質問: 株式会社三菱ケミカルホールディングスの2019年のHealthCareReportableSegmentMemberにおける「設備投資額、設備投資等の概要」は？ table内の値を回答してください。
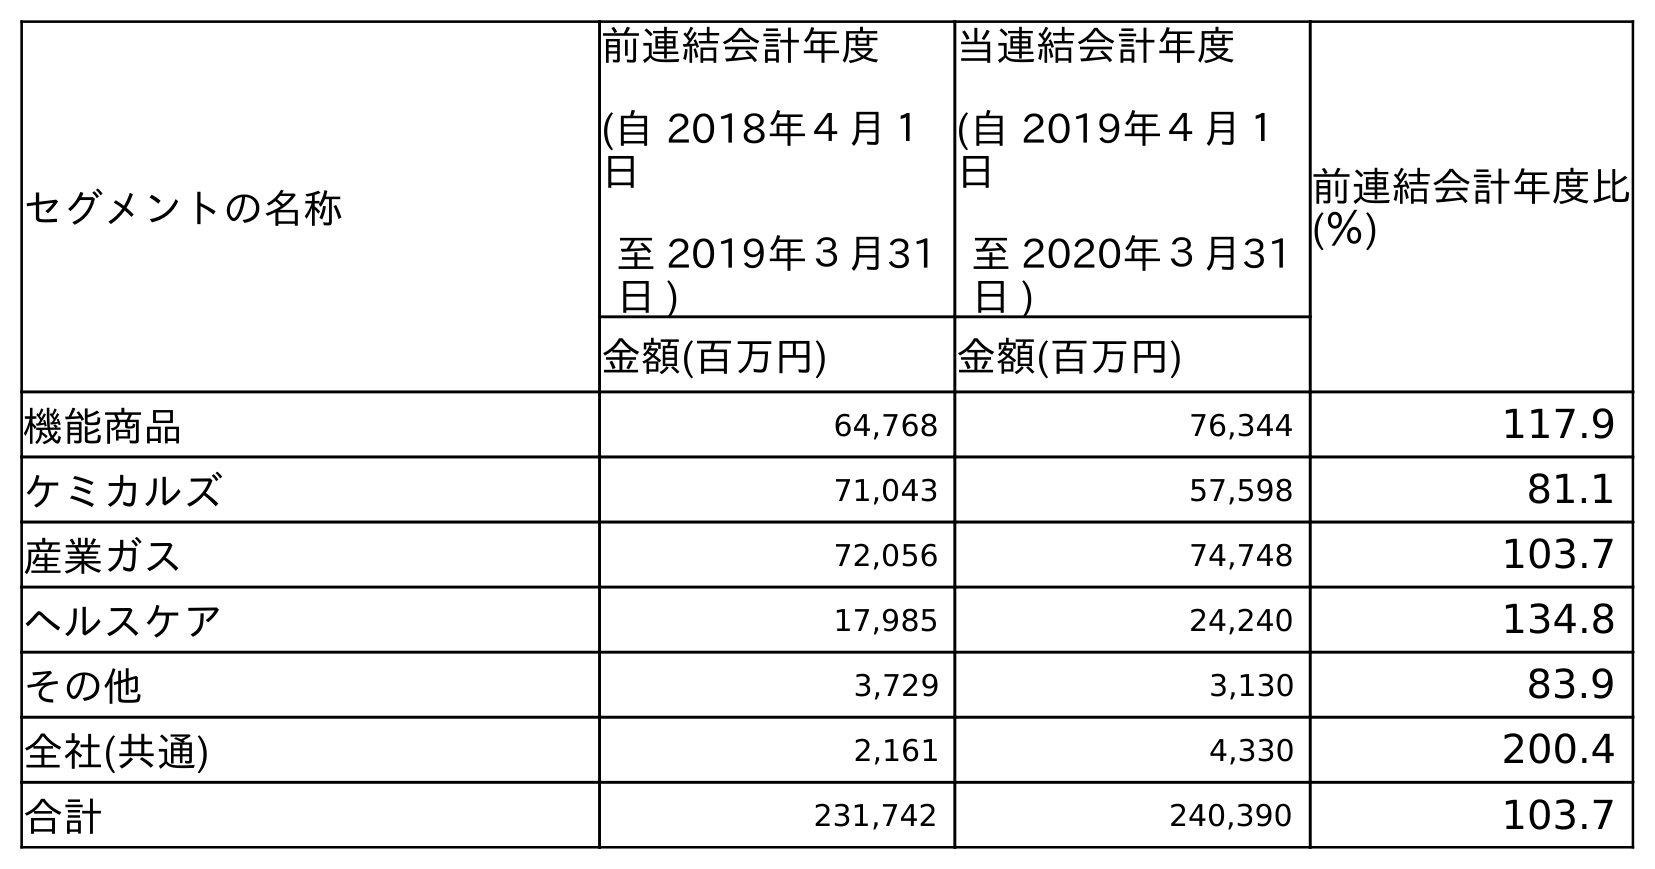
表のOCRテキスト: セグメントの名称 前連結会計年度 (自 2018年４月１ 日 至 2019年３月31 日 ) 当連結会計年度 (自 2019年４月１ 日 至 2020年３月31 日 ) 前連結会計年度比 (％) 金額(百万円) 金額(百万円) 機能商品 64,768 76,344 117.9 ケミカルズ 71,043 57,598 81.1 産業ガス 72,056 74,748 103.7 ヘルスケア 17,985 24,240 134.8 その他 3,729 3,130 83.9 全社(共通) 2,161 4,330 200.4 合計 231,742 240,390 103.7
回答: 17,985